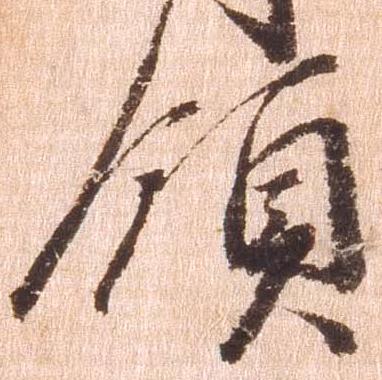
領